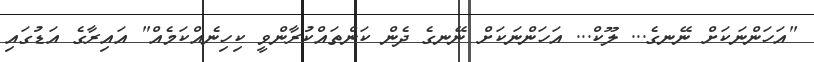
"އަހަންނަކަށް ނޭނގެ... ލޫކް... އަހަންނަކަށް ނޭނގެ ދެން ކަންތައްކުރާންވީ ކިހިނެއްކަމެއް" އައިރާގެ އަޑުގައި